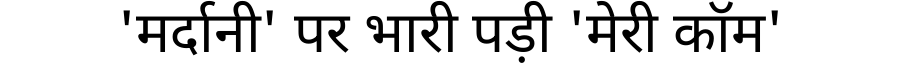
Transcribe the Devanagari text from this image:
'मर्दानी' पर भारी पड़ी 'मेरी कॉम'